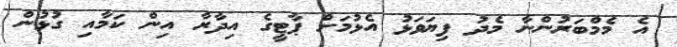
އެ މެމްބަރުންނާ މެދު ފިޔަވަޅު އެޅުމަށް ޕާޓީގެ އިދާރާ އިން ކަމާއި ގުޅުން